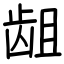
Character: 龃